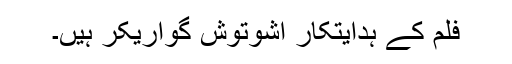
فلم کے ہدایتکار اشوتوش گواریکر ہیں۔